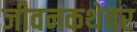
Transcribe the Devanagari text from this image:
जीवनकथेवर